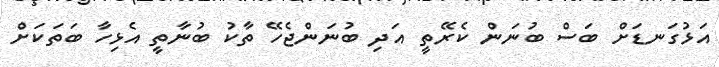
އަޅުގަނޑަށް ބަސް ބުނަން ކެރޭތީ އަދި ބުނަންޖެހޭ ތާކު ބުނާތީ އެޅިހާ ބަތަކަށް